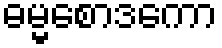
ဓမ္မစောဒကော